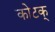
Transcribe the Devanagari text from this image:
कोटक्